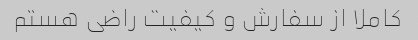
کاملا از سفارش و کیفیت راضی هستم